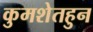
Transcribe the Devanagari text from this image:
कुमशेतहुन